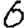
Digit: 6